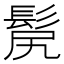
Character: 𩬜